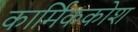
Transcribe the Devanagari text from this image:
कार्मिककोश